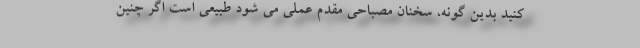
کنید بدین گونه، سخنان مصباحی مقدم عملی می شود طبیعی است اگر چنین